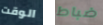
الوقت ضباط